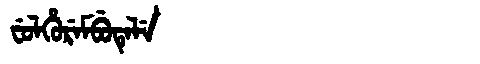
Manchu: ᠸᡠᠯᡥᡠᡵᡝᠮᠪᡠᡨᡝᠯᡝ
Romanization: FULHUREMBUTELE